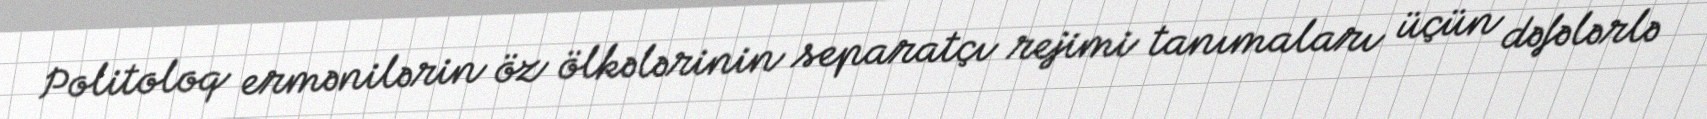
Politoloq ermənilərin öz ölkələrinin separatçı rejimi tanımaları üçün dəfələrlə